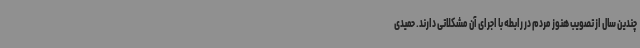
چندین سال از تصویب هنوز مردم در رابطه با اجرای آن مشکلاتی دارند. حمیدی